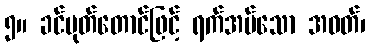
၅။ ခင်ပုတ်တောင်ဖြင့် ရက်အပ်သော အဝတ်၊